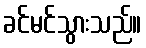
ခင်မင်သွားသည်။